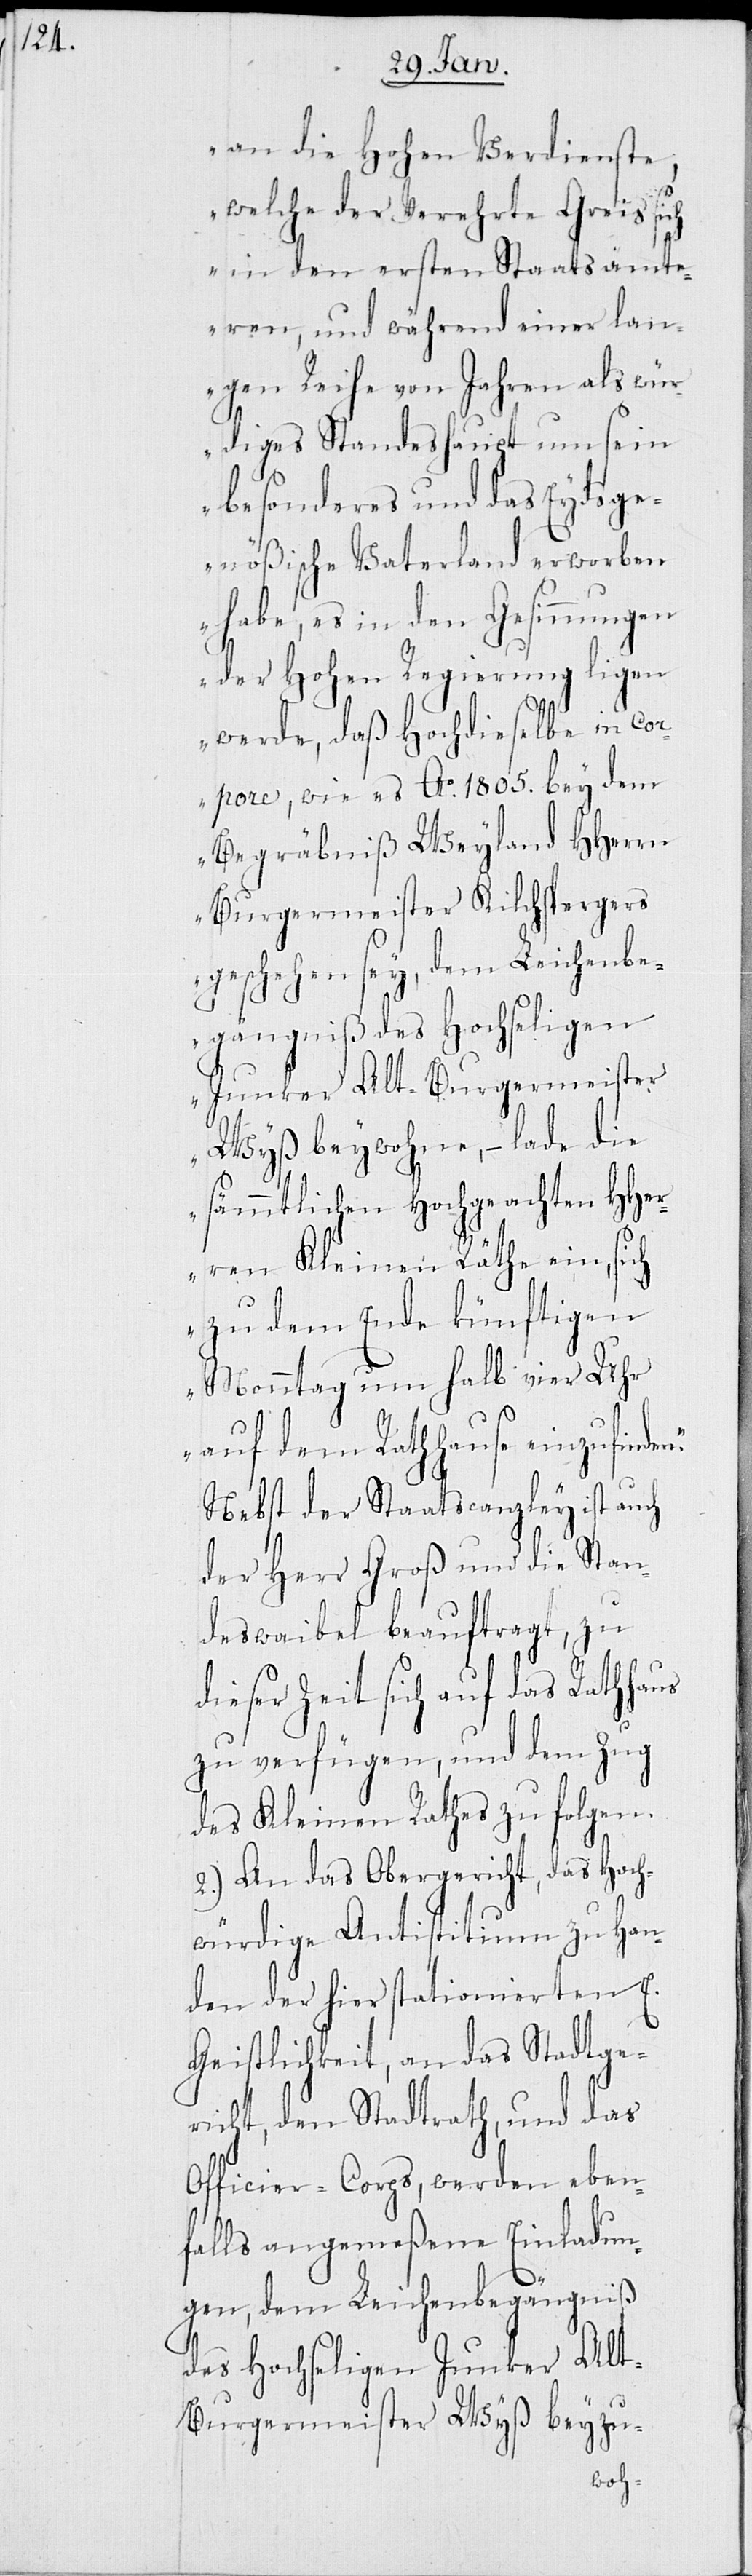
n.“

an die Hohen Verdienste,
welche der verehrte Greis sich
in den ersten Staatsämt¬
eren, und während einer lan¬
gen Reihe von Jahren als wür¬
diges Standeshaupt um sein
besonderes und das Eydsge¬
nößische Vaterland erworben
habe, es in den Gesinnungen
der Hohen Regierung ligen
werde, daß Hochdieselbe in Co¬
rpore, wie es Ao 1805. bey dem
Begräbniß Weyland HHerrn
Burgermeister Kilchspergers
geschehen sey, dem Leichenbe¬
gängniß des Hochseligen
Junker Alt-Burgermeister
Wyß beywohne, – lade die
sämmtlichen Hochgeachten HHer¬
ren Kleinen Räthe ein, sich
zu dem Ende künftigen
Monntag um halb vier Uhr
auf dem Rathhause einzufinde¬
Nebst der Staatscanzley ist auch
der Herr Groß und die Stan¬
deswaibel beauftragt, zu
dieser Zeit sich auf das Rathhaus
zu verfügen, und dem Zug
des Kleinen Rathes zu folgen.
2.) An das Obergericht, das Hoch¬
würdige Antistitium zu Han¬
den der hier stationierten E.
Geistlichkeit, an das Stadtger¬
icht, den Stadtrath, und das
Officier-Corps, werden eben¬
falls angemeßene Einladun¬
gen, dem Leichenbegängniß
des Hochseligen Junker Alt-B¬
urgermeister Wyß beyzu-